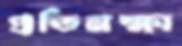
প্রতিনক্ষা